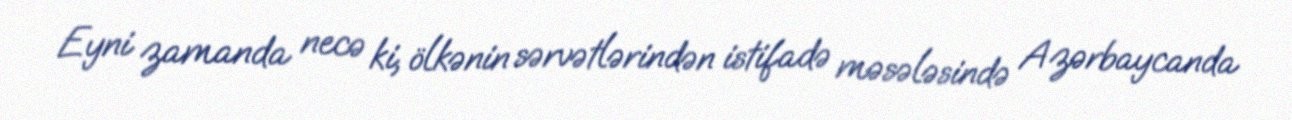
Eyni zamanda necə ki, ölkənin sərvətlərindən istifadə məsələsində Azərbaycanda